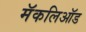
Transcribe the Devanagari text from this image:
मॅकलिऑड